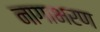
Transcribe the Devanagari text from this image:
नागाभरण